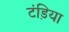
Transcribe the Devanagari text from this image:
टंड़िया